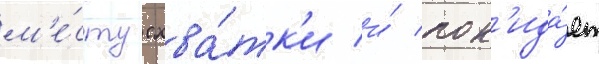
м'е́сту схва́тк'и и́ пок'ида́ет